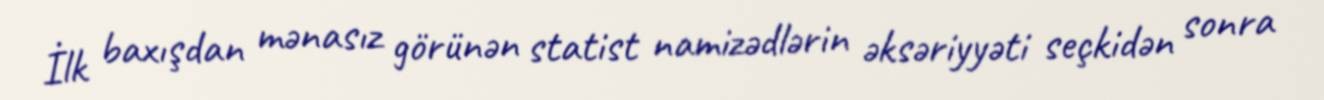
İlk baxışdan mənasız görünən statist namizədlərin əksəriyyəti seçkidən sonra